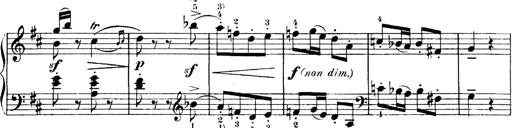
Title: 4 Sonatines
Composer: Max Reger